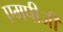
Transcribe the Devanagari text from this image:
एमपीजी